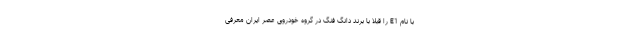
با نام E1 را قبلا با برند دانگ فنگ در گروه خودروی عصر ایران معرفی